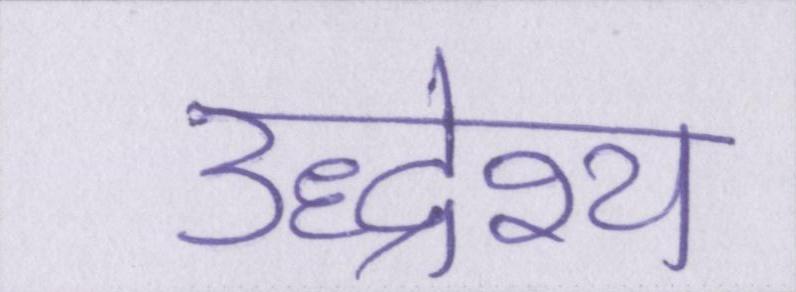
उद्धेश्य